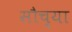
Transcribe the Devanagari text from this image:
सौच्या